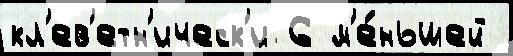
кл'ев'етн'ическ'и 6 м'е́ньшей